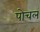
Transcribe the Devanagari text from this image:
पोचलं